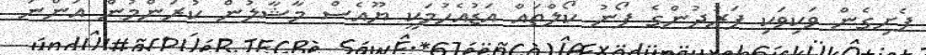
ފެށިގެން ވަކިވަކި ފަރުދުންގެ ފޯނު ކޯލްތައް އަޑުއެހުމަކީ ޔޫއެސް މާޝާލުން ކުރަންމުން އަންނަ